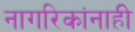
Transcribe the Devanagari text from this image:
नागरिकांनाही